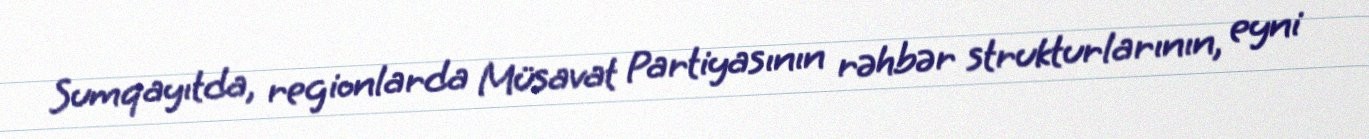
Sumqayıtda, regionlarda Müsavat Partiyasının rəhbər strukturlarının, eyni